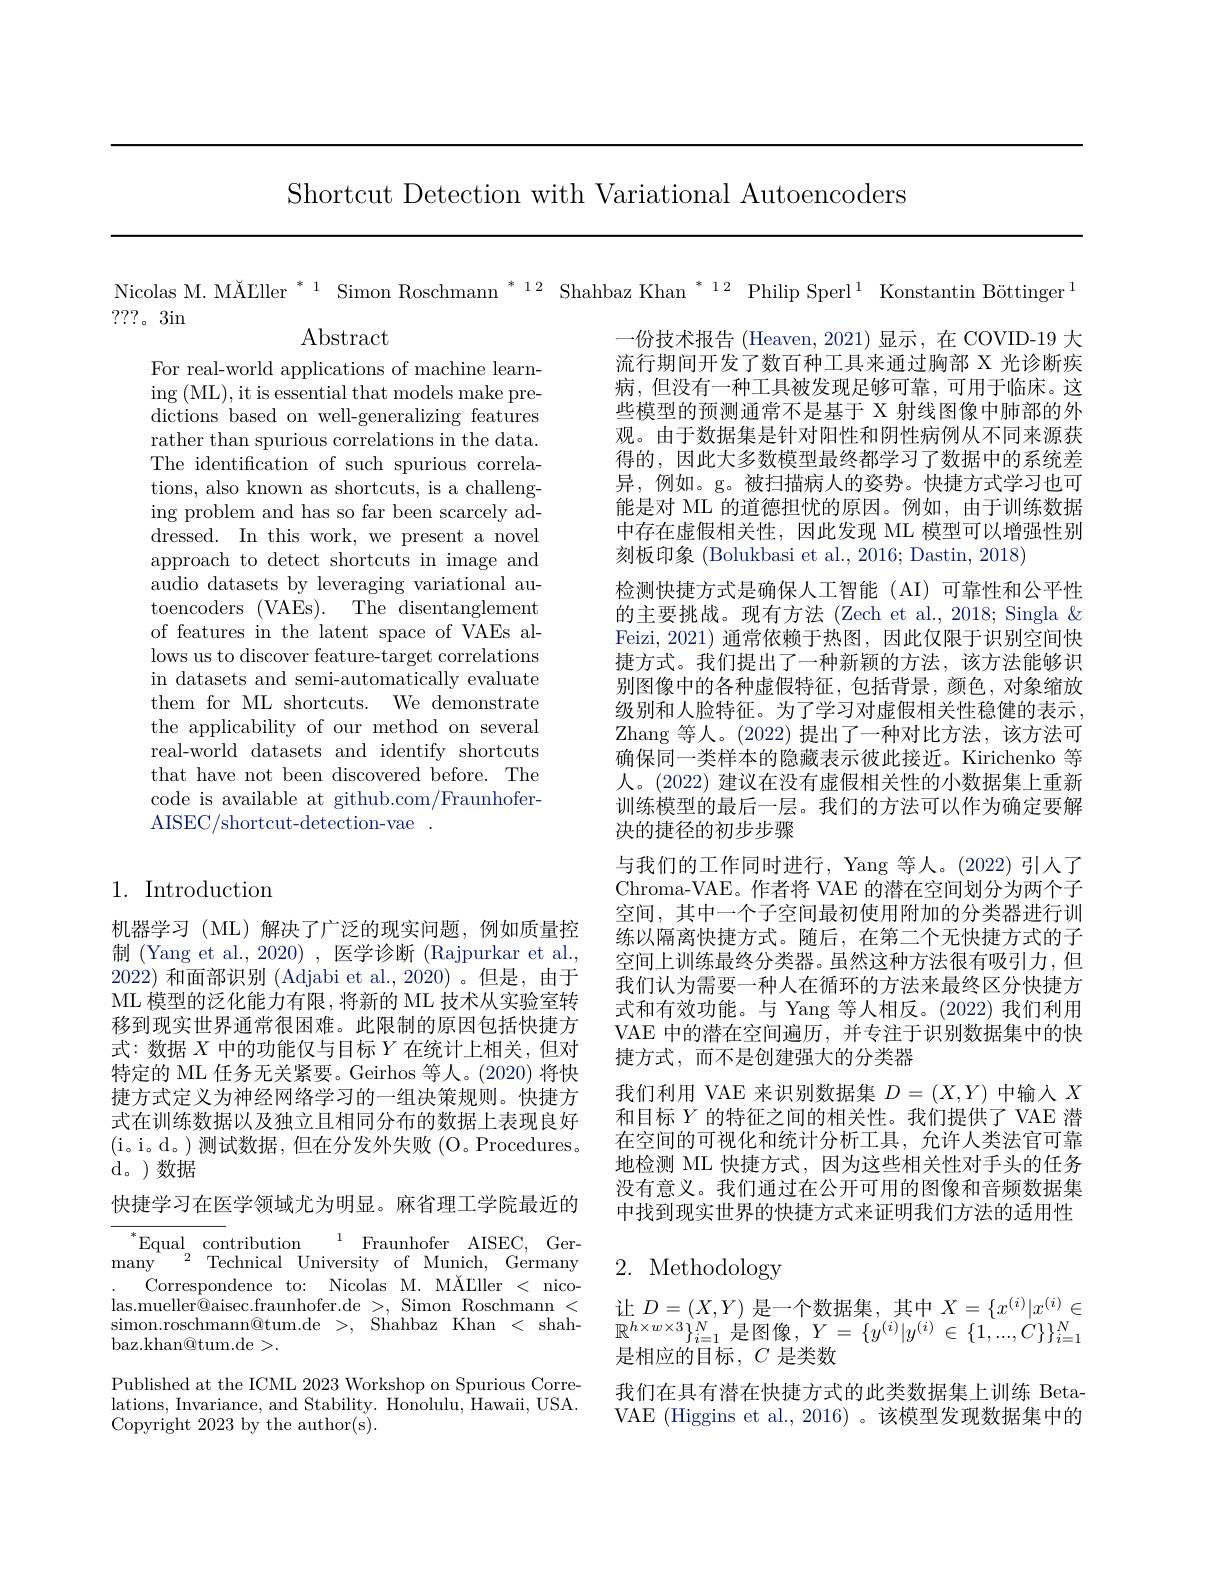
Shortcut Detection with Variational Autoencoders

???。3in

$\operatorname{Abstract}$

For real-world applications of machine learning (ML), it is essential that models make predictions based on well-generalizing features rather than spurious correlations in the data. The identification of such spurious correlations, also known as shortcuts, is a challenging problem and has so far been scarcely addressed. In this work, we present a novel approach to detect shortcuts in image and audio datasets by leveraging variational autoencoders (VAEs). The disentanglement of features in the latent space of VAEs allows us to discover feature-target correlations in datasets and semi-automatically evaluate them for ML shortcuts. We demonstrate the applicability of our method on several real-world datasets and identify shortcuts that have not been discovered before. The code is available at github.com/FraunhoferAISEC/shortcut-detection-vae.

## 1. Introduction

机器学习(ML)解决了广泛的现实问题，例如质量控制 (Yang et al., 2020) , 医学诊断 (Rajpurkar et al., 2022)和面部识别 (Adjabi et al.,2020)。但是，由于ML 模型的泛化能力有限 ,将新的 ML 技术从实验室转移到现实世界通常很困难。此限制的原因包括快捷方式：数据$X$中的功能仅与目标$Y$在统计上相关，但对特定的 ML 任务无关紧要。Geirhos 等人。(2020) 将快捷方式定义为神经网络学习的一组决策规则。快捷方式在训练数据以及独立且相同分布的数据上表现良好(i。i。d。)测试数据，但在分发外失败(O。Procedures。d。)数据

快捷学习在医学领域尤为明显。麻省理工学院最近的

$^{*}$Equal contribution$\:^{1}$ Fraunhofer AISEC, Ger- ${\mathrm{many}}^{1}{}^{2}{}{\mathrm{Technical}}{\mathrm{University}}{\mathrm{of}}{\mathrm{Munich,}}{\mathrm{Germany}}$
Correspondence to: Nicolas M. MĂLller < nico- $\operatorname*{las.mueller@aisec.fraunhofer.de~>,~Simon~Roschmann~<}$ simon. roschmann@ tum. de > , Shahbaz Khan < shah- baz.khan@tum.de>.

Published at the ICML 2023 Workshop on Spurious Correlations, Invariance, and Stability. Honolulu, Hawaii, USA. Copyright 2023 by the author(s).

Nicolas M. MĂLller $^{*1}$ Simon Roschmann $^{*12}$ Shahbaz Khan $^{*12}$ Philip Sperl$^{1}$ Konstantin Böttinger$^{1}$
一份技术报告 (Heaven, 2021)显示，在 COVID-19 大流行期间开发了数百种工具来通过胸部 X 光诊断疾病，但没有一种工具被发现足够可靠，可用于临床。这些模型的预测通常不是基于 X 射线图像中肺部的外观。由于数据集是针对阳性和阴性病例从不同来源获得的，因此大多数模型最终都学习了数据中的系统差异，例如。g。被扫描病人的姿势。快捷方式学习也可能是对 ML 的道德担忧的原因。例如，由于训练数据中存在虚假相关性，因此发现 ML 模型可以增强性别刻板印象 (Bolukbasi et al., 2016; Dastin, 2018)
检测快捷方式是确保人工智能 (AI) 可靠性和公平性的主要挑战。现有方法 (Zech et al., 2018; Singla & Feizi, 2021) 通常依赖于热图，因此仅限于识别空间快捷方式。我们提出了一种新颖的方法，该方法能够识别图像中的各种虚假特征，包括背景，颜色，对象缩放级别和人脸特征。为了学习对虚假相关性稳健的表示， Zhang 等人。(2022)提出了一种对比方法，该方法可确保同一类样本的隐藏表示彼此接近。Kirichenko 等人。(2022) 建议在没有虚假相关性的小数据集上重新训练模型的最后一层。我们的方法可以作为确定要解决的捷径的初步步骤
与我们的工作同时进行，Yang 等人。(2022)引人了Chroma-VAE。作者将 VAE 的潜在空间划分为两个子空间，其中一个子空间最初使用附加的分类器进行训练以隔离快捷方式。随后，在第二个无快捷方式的子空间上训练最终分类器。虽然这种方法很有吸引力，但我们认为需要一种人在循环的方法来最终区分快捷方式和有效功能。与 Yang 等人相反。(2022) 我们利用VAE 中的潜在空间遍历，并专注于识别数据集中的快捷方式，而不是创建强大的分类器
我们利用 VAE 来识别数据集$D=(X,Y)$中输入$X$ 和目标$Y$的特征之间的相关性。我们提供了 VAE 潜在空间的可视化和统计分析工具，允许人类法官可靠地检测 ML 快捷方式，因为这些相关性对手头的任务没有意义。我们通过在公开可用的图像和音频数据集中找到现实世界的快捷方式来证明我们方法的适用性2. Methodology

让$D=(X,Y)$是一个数据集，其中$X=\{x^(i)|x^{(i)}\in$ $\mathbb{R}^{h\times w\times3}\}_{i=1}^{N}$是图像$,Y=\{y^(i)|y^{(i)}\in\{1,...,\dot{C}\}\}_{i=1}^{N}$ 是相应的目标，$C$是类数
我们在具有潜在快捷方式的此类数据集上训练 BetaVAE (Higgins et al.,2016) 。该模型发现数据集中的